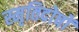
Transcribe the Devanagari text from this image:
स्मृतिदोषों